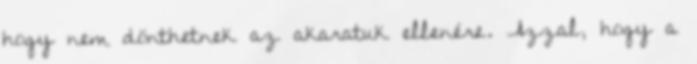
hogy nem dönthetnek az akaratuk ellenére. Azzal, hogy a